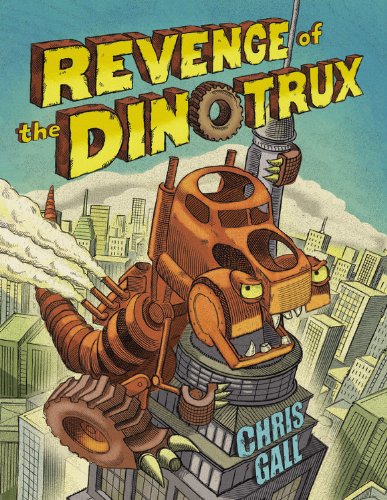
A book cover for Revenge of the Dinotrux; Chris Gall; Children's Books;